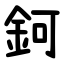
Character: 鈳